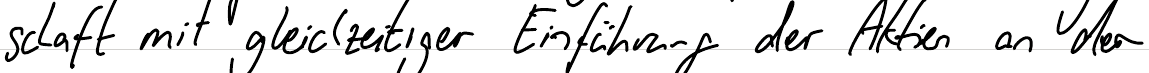
schaft mit gleichzeitiger Einführung der Aktien an der